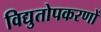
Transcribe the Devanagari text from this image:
विद्युतोपकरणों